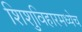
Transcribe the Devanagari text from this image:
शिशुविहारमध्येच